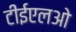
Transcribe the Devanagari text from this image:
टीईएलओ